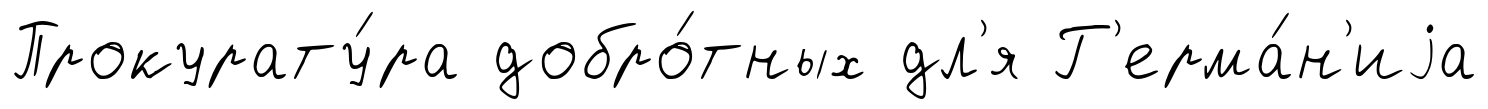
Прокурату́ра добро́тных дл'я Г'ерма́н'иjа